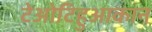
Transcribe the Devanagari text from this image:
टेओटिहुआकान